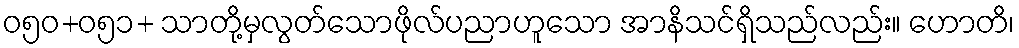
ဝ၅၀+၀၅၁+ သာတို့မှလွတ်သောဖိုလ်ပညာဟူသော အာနိသင်ရှိသည်လည်း။ ဟောတိ၊